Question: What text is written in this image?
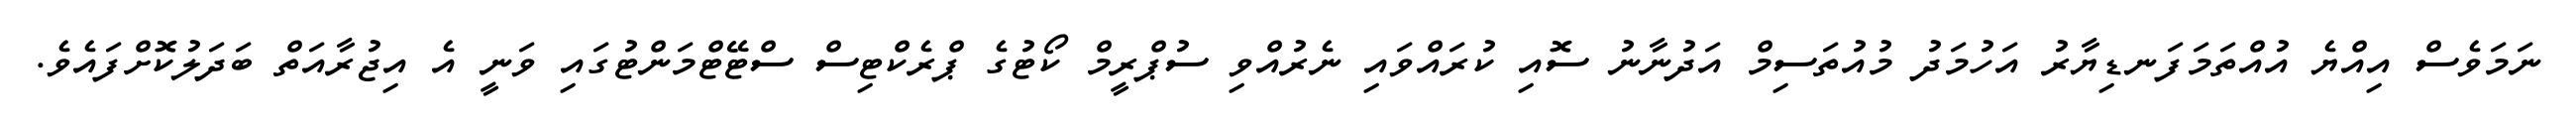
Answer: ނަމަވެސް އިއްޔެ އުއްތަމަފަނޑިޔާރު އަހުމަދު މުއުތަސިމް އަދުނާނު ސޮއި ކުރައްވައި ނެރުއްވި ސުޕްރީމް ކޯޓުގެ ޕްރެކްޓިސް ސްޓޭޓްމަންޓުގައި ވަނީ އެ އިޖުރާއަތް ބަދަލުކޮށްފައެވެ.